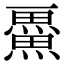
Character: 𭻴